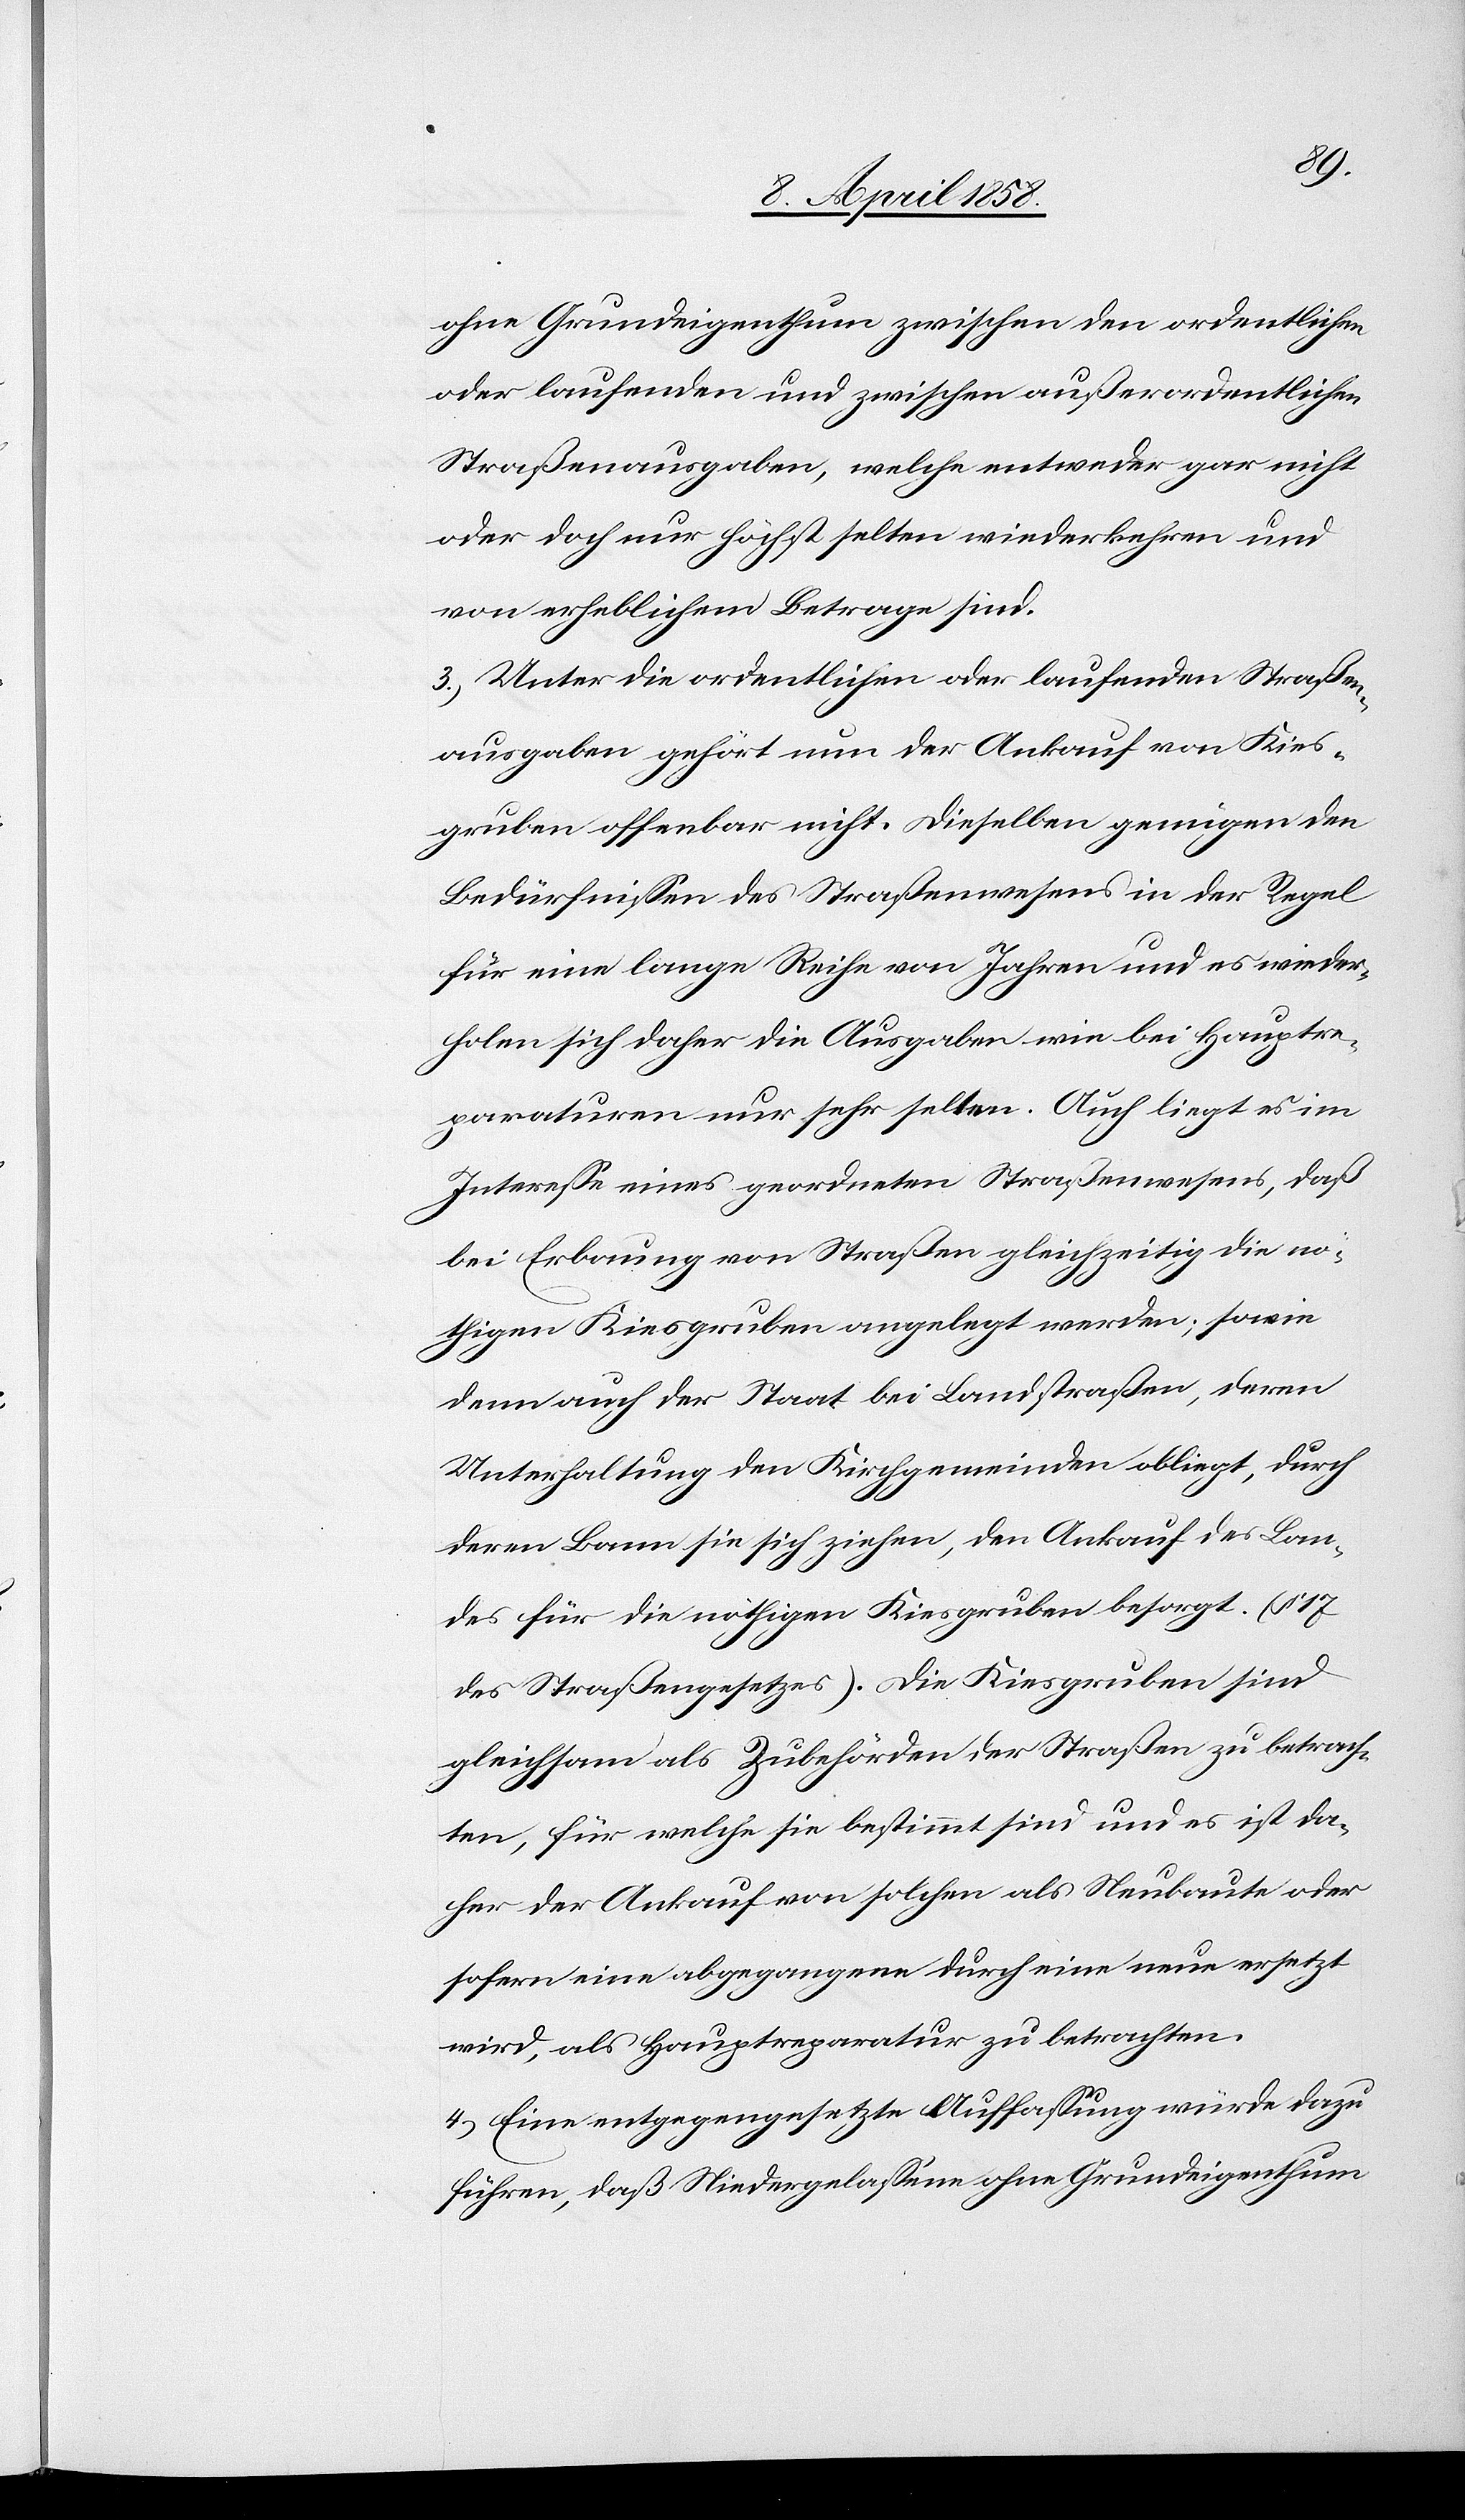
ohne Grundeigenthum zwischen den ordentlichen
oder laufenden und zwischen außerordentlichen
Straßenausgaben, welche entweder gar nicht
oder doch nur höchst selten wiederkehren und
von erheblichem Betrage sind.
3. Unter die ordentlichen oder laufenden Straßen¬
ausgaben gehört nun der Ankauf von Kies¬
gruben offenbar nicht. Dieselben genügen den
Bedürfnissen des Straßenwesen in der Regel
für eine lange Reihe von Jahren und es wieder¬
holen sich daher die Ausgaben wie bei Hauptre¬
paraturen nur sehr selten. Auch liegt es im
Interesse eines geordneten Straßenwesens, daß
bei Erbauung von Straßen gleichzeitig die nö¬
thigen Kiesgruben angelegt werden; sowie
dann auch der Staat bei Landstraßen, deren
Unterhaltung den Kirchgemeinden obliegt, durch
deren Bann sie sich ziehen, den Ankauf des Lan¬
des für die nöthigen Kiesgruben besorgt (§ 17
des Straßengesetzes). Die Kiesgruben sind
gleichsam als Zubehörden der Straßen zu betrach¬
ten, für welche sie bestimmt sind und es ist da¬
her der Ankauf von solchen als Neubaute oder
sofern eine abgegangene durch eine neue ersetzt
wird, als Hauptreparatur zu betrachten.
4. Eine entgegengesetzte Auffassung würde dazu
führen, daß Niedergelassene ohne Grundeigenthum